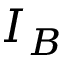
I _ { B }